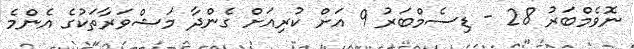
ނޮވެމްބަރު 28 - ޑިސެމްބަރު 9 އަށް ކުރިއަށް ގެންދާ މަޝްވަރާތަކުގެ އެންމެ